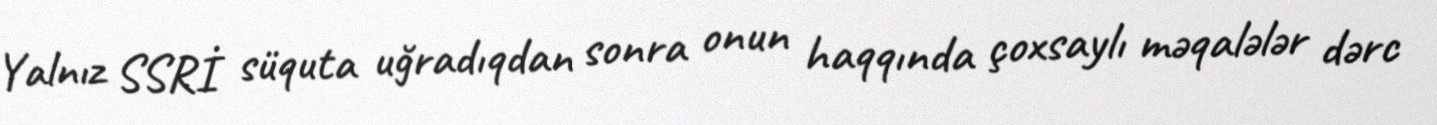
Yalnız SSRİ süquta uğradıqdan sonra onun haqqında çoxsaylı məqalələr dərc